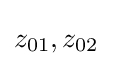
z_{01},z_{02}